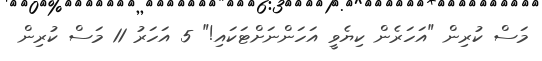
މަސް ކުރިން "އަހަރެން ކިޔެވީ އަހަންނަށްޓަކައި!" 5 އަހަރު 11 މަސް ކުރިން